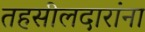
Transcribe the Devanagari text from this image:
तहसीलदारांना